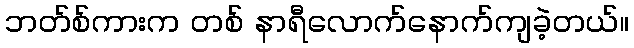
ဘတ်စ်ကားက တစ် နာရီလောက်နောက်ကျခဲ့တယ်။